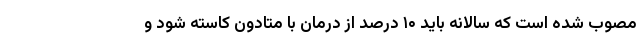
مصوب شده است که سالانه باید ۱۰ درصد از درمان با متادون کاسته شود و